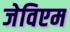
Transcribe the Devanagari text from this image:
जेविएम